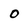
Character: 0